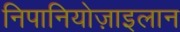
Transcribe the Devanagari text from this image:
निपानियोज़ाइलान